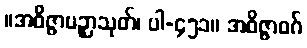
။အဝိဇ္ဇာပဉှာသုတ်၊ ပါ-၄၅၁။ အဝိဇ္ဇာဝဂ်